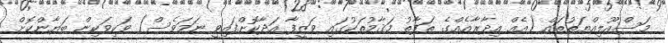
މަސްއޫލިއްޔަތުތައް (އެއް އިދާރާއެއްގެ ތަފާތު މަޤާމުތަކުގައި ވަޒީފާ އަދާކޮށްފައިވީ ނަމަވެސް) ވަކިވަކިން ބަޔާންކޮށް